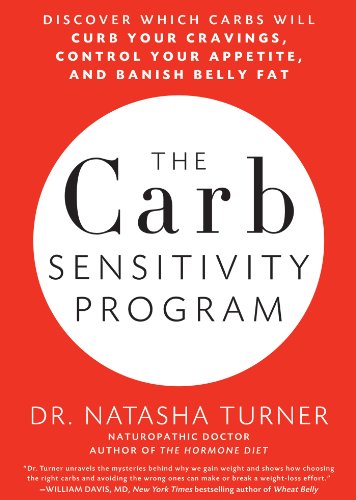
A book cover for The Carb Sensitivity Program: Discover Which Carbs Will Curb Your Cravings, Control Your Appetite, and Banish Belly Fat; Natasha Turner; Health, Fitness & Dieting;